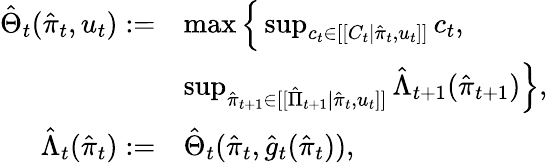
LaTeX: \begin{array}{rl}{\hat{\Theta}_{t}(\hat{\pi}_{t},u_{t}):=}&{\operatorname*{max}\Big\{ \operatorname*{sup}_{c_{t}\in[[C_{t}|\hat{\pi}_{t},u_{t}]]}c_{t},}\\ &{\operatorname*{sup}_{\hat{\pi}_{t+1}\in[[\hat{\Pi}_{t+1}|\hat{\pi}_{t},u_{t}]]}\hat{\Lambda}_{t+1}(\hat{\pi}_{t+1})\Big\} ,}\\ {\hat{\Lambda}_{t}(\hat{\pi}_{t}):=}&{\hat{\Theta}_{t}(\hat{\pi}_{t},\hat{g}_{t}(\hat{\pi}_{t})),}\end{array}